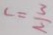
c = \frac { 3 } { 2 }